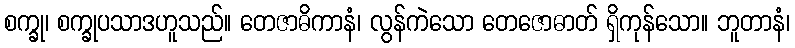
စက္ခု၊ စက္ခုပသာဒဟူသည်။ တေဇာဓိကာနံ၊ လွန်ကဲသော တေဇောဓာတ် ရှိကုန်သော။ ဘူတာနံ၊